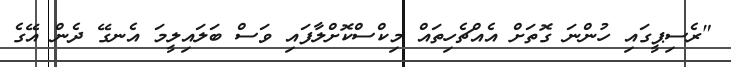
"ރެސިޕީގައި ހުންނަ ގޮތަށް އެއްޗެހިތައް މިކްސްކޮށްލާފައި ވަސް ބަލައިލީމަ އެނގޭ ދެން އޭގެ